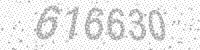
Solution: 616630